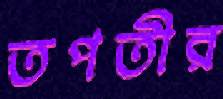
তপতীর